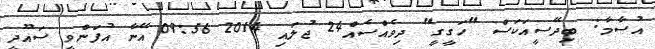
އުސާމާ: ބިދޭސީއަކަސް "ހަގީގީ" ދިވެއްސެއް24 ޖުލައި 2014 09:56 އޭނާ އުފަންވީ ސައޫދީ